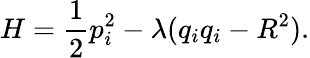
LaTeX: H=\frac 12p_{i}^{2}-\lambda(q_{i}q_{i}-R^{2}).